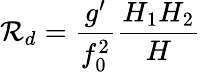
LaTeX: \mathcal{R}_{d}=\frac{{g^{\prime}}}{{f_{0}^{2}}}\frac{{H_{1}H_{2}}}{{H}}